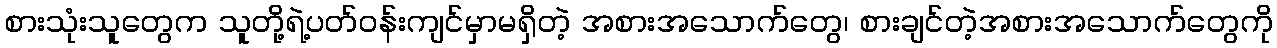
စားသုံးသူတွေက သူတို့ရဲ့ပတ်ဝန်းကျင်မှာမရှိတဲ့ အစားအသောက်တွေ၊ စားချင်တဲ့အစားအသောက်တွေကို